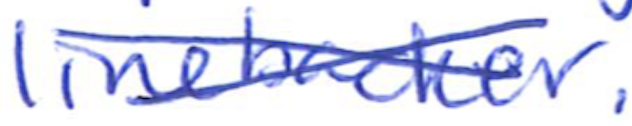
Text: linebacker.
Cross-out: cross
Writing tool: ballpoint